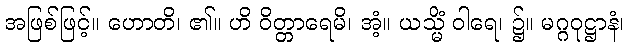
အဖြစ်ဖြင့်။ ဟောတိ၊ ၏။ ဟိ ဝိတ္တာရေမိ၊ အံ့။ ယသ္မိံ ဝါရေ၊ ၌။ မဂ္ဂဝုဋ္ဌာနံ၊